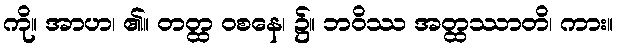
ကို။ အာဟ၊ ၏။ တတ္ထ ဝစနေ၊ ၌။ ဘဝိဿ အတ္ထဿာတိ၊ ကား။